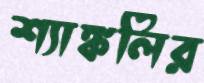
শ্যাঙ্কলির